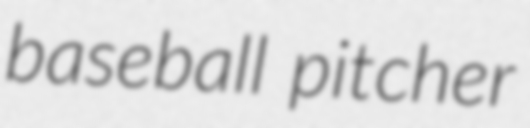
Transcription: baseball pitcher